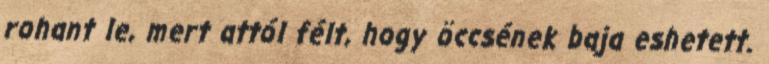
rohant le, mert attól félt, hogy öccsének baja eshetett.